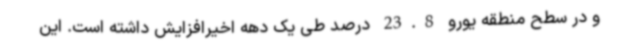
و در سطح منطقه یورو 23.8 درصد طی یک دهه اخیرافزایش داشته است. این